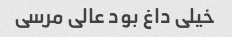
خیلی داغ بود عالی مرسی